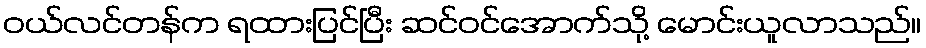
ဝယ်လင်တန်က ရထားပြင်ပြီး ဆင်ဝင်အောက်သို့ မောင်းယူလာသည်။